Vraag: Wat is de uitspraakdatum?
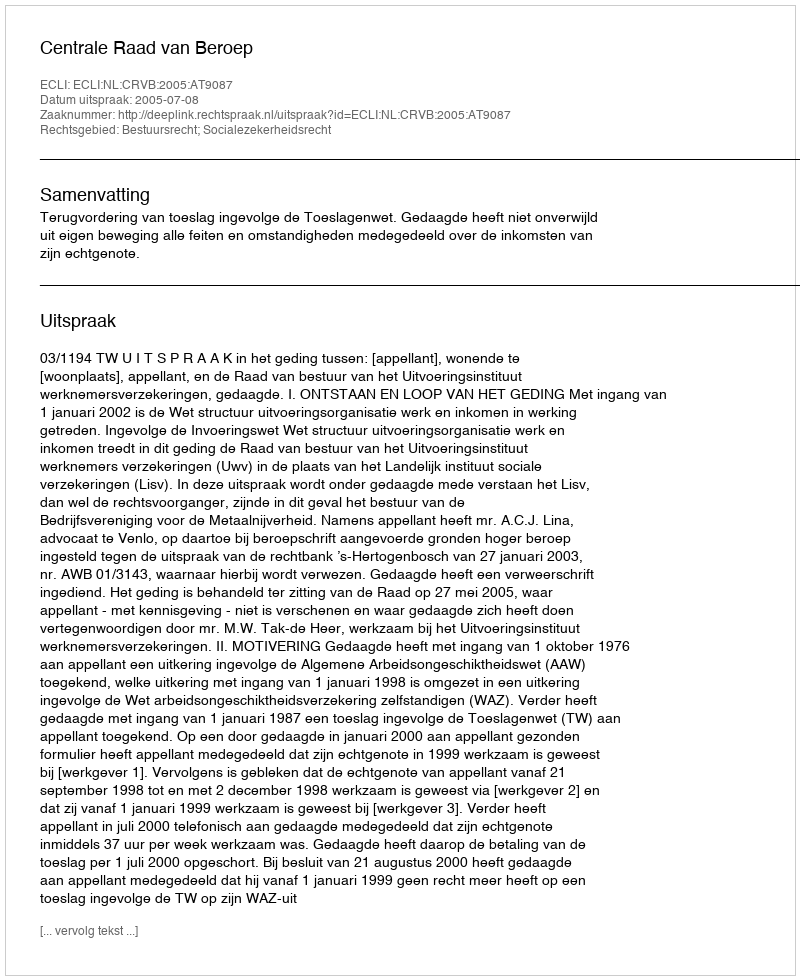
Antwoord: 2005-07-08